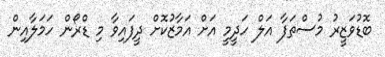
ބޮޑުވަޒީރު މުސްތަފާ އަލް ހަދީމީ އަށް އަމާޒުކޮށް ދީފައިވާ މި ޑްރޯން ހަމަލާއިން